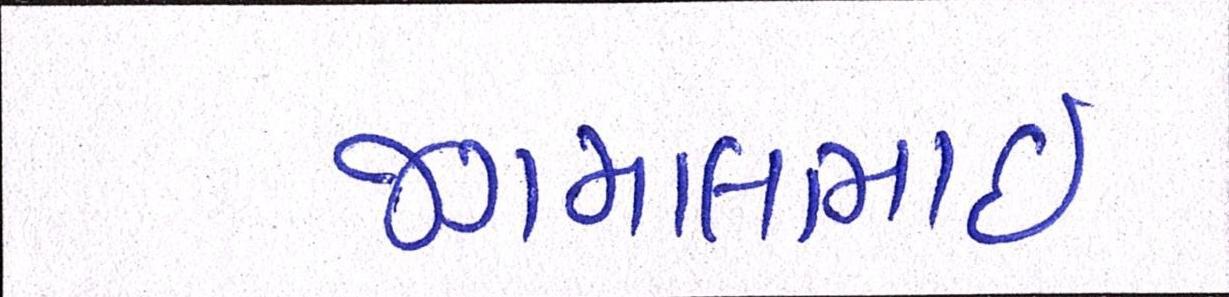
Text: જગમાલભાઇ